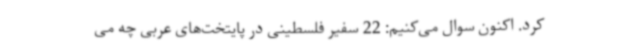
کرد. اکنون سوال می‌کنیم: 22 سفیر فلسطینی در پایتخت‌های عربی چه می